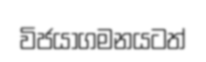
විජයාගමනයටත්